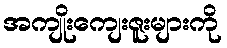
အကျိုးကျေးဇူးများကို